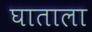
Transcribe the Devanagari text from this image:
घाताला